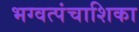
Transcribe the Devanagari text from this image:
भग्वत्पंचाशिका